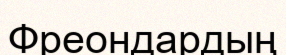
Фреондардың